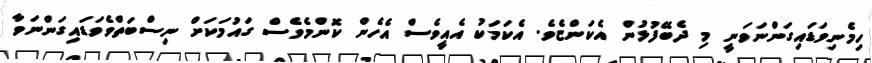
ހިމެނިވަޑައިގަންނަވަނީ މި ދެބޭފުޅުން އެކަންޏެވެ. އެކަމަކު އެއީވެސް އެހެން ކޮންމެވެސް ގައުމަކަށް ނިސްބަތްވެވަޑައިގަންނަވާ